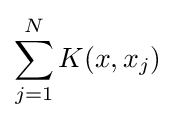
\sum _{j=1}^{N}K(x,x_{j})